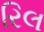
રિલ